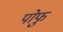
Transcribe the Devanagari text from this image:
पोफु